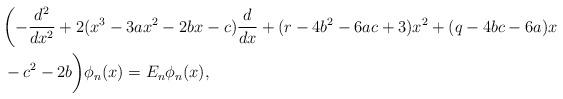
LaTeX: \begin{align*} &\biggl(- \frac{d^2}{dx^2} + 2(x^3 - 3ax^2 - 2bx - c) \frac{d}{dx} + (r - 4b^2 - 6ac + 3)x^2 + (q -4bc - 6a)x \\ & -c^2 - 2b\biggr) \phi_n(x) = E_n \phi_n(x),\end{align*}